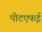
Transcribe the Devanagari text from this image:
पीटएफई